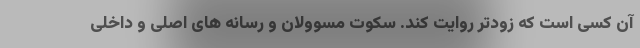
آن کسی است که زودتر روایت کند. سکوت مسوولان و رسانه های اصلی و داخلی